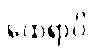
ထေရာပိ